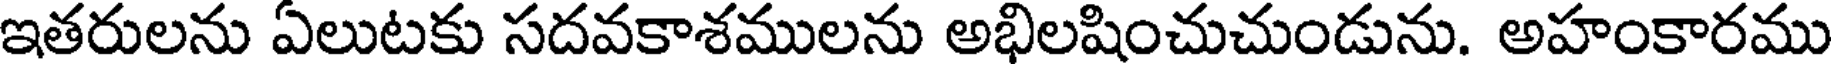
ఇతరులను ఏలుటకు సదవకాశములను అభిలషించుచుండును. అహంకారము